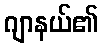
ဂျာနယ်၏